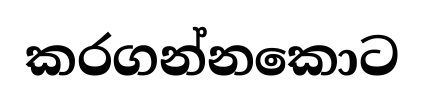
කරගන්නකොට